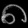
Digit: ၈